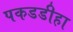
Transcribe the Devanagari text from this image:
पकडडीहा